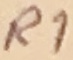
Text: R1